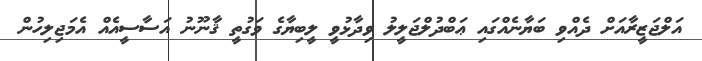
އަލްޖަޒީރާއަށް ދެއްވި ބަޔާނެއްގައި ޢަބްދުލްޖަލީލު ވިދާޅުވީ ލީބިޔާގެ ވަގުތީ ޤާނޫނު އަސާސީއެއް އެމަޖިލިހުން